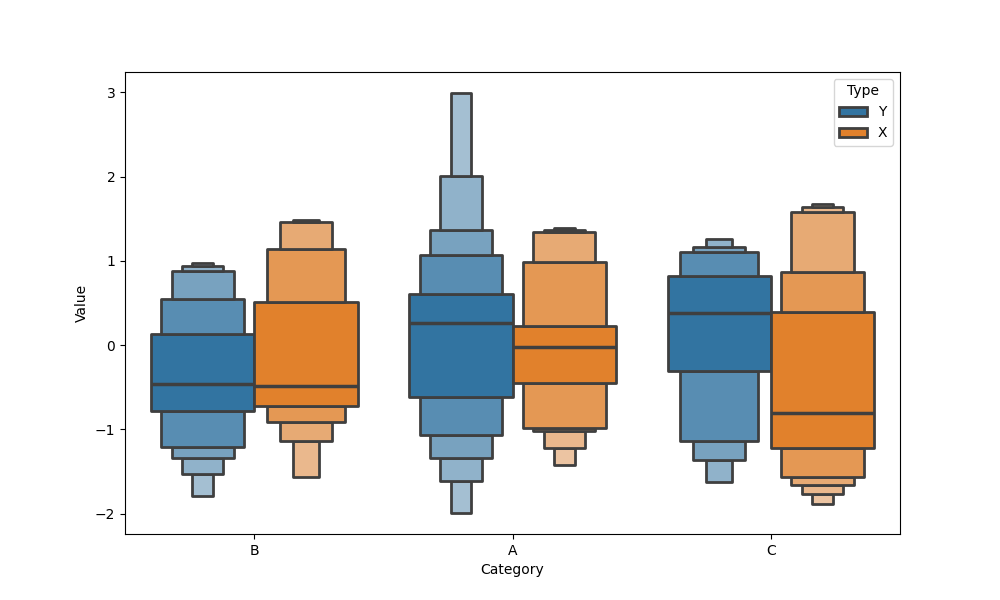
python, seaborn, boxenplot, k_depth='full', linewidth=2, scale='linear', outlier_prop=0.1, showfliers=True